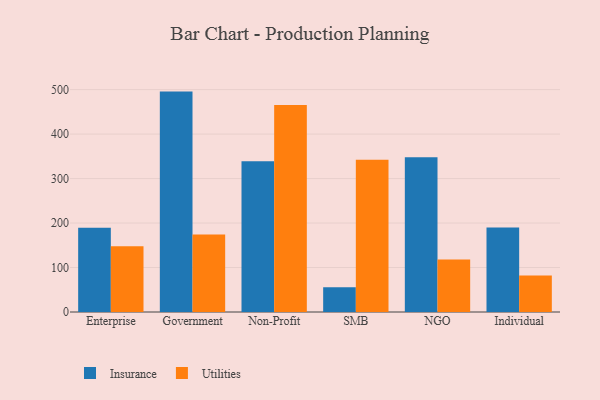
{"axis": {"x": "Segment", "y": "Demand Index"}, "legend": ["Insurance", "Utilities"], "data": [{"x": "Enterprise", "y": 189.2, "type": "Insurance"}, {"x": "Enterprise", "y": 147.8, "type": "Utilities"}, {"x": "Government", "y": 495.5, "type": "Insurance"}, {"x": "Government", "y": 174.0, "type": "Utilities"}, {"x": "Non-Profit", "y": 339.0, "type": "Insurance"}, {"x": "Non-Profit", "y": 465.3, "type": "Utilities"}, {"x": "SMB", "y": 55.7, "type": "Insurance"}, {"x": "SMB", "y": 342.1, "type": "Utilities"}, {"x": "NGO", "y": 347.9, "type": "Insurance"}, {"x": "NGO", "y": 118.0, "type": "Utilities"}, {"x": "Individual", "y": 190.1, "type": "Insurance"}, {"x": "Individual", "y": 81.8, "type": "Utilities"}]}